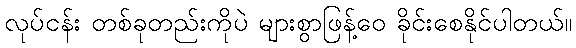
လုပ်ငန်း တစ်ခုတည်းကိုပဲ များစွာဖြန့်ဝေ ခိုင်းစေနိုင်ပါတယ်။